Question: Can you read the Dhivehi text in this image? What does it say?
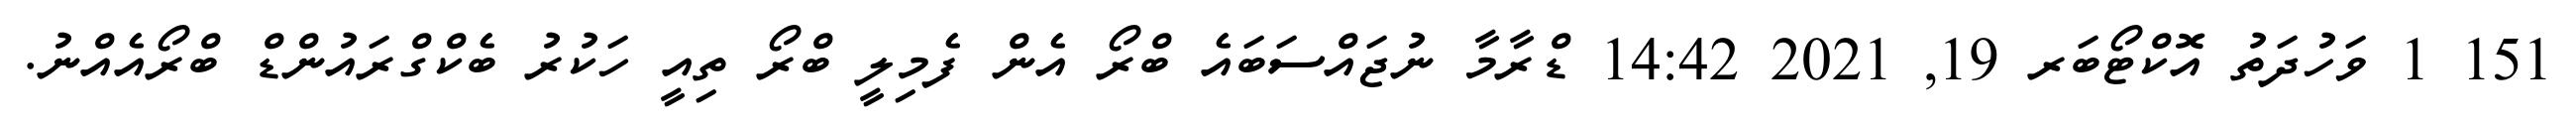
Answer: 151 1 ވަހުދަތު އޮކްޓޯބަރ 19, 2021 14:42 ޑްރާމާ ނުޖައްސަބައެ ބްރޯ އެން ފެމިލީ ބްރޯ ތިއީ ހަކުރު ބެކްގްރައުންޑް ބްރޯއެއްނު.